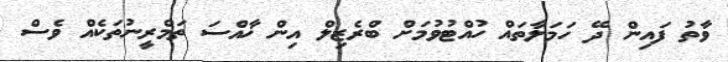
ވާތު ފައިން ދޭ ހަމަލާތައް ހުއްޓުވުމަށް ބްރެޒިލް އިން ޚާއްސަ ތަމްރީނުތަކެއް ވެސް